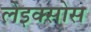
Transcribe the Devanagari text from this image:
लेइक्सोस